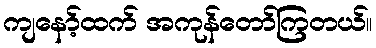
ကျနော့်ထက် အကုန်တော်ကြတယ်။